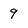
Character: 9